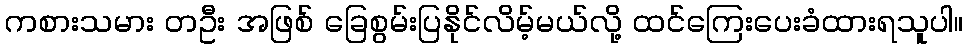
ကစားသမား တဦး အဖြစ် ခြေစွမ်းပြနိုင်လိမ့်မယ်လို့ ထင်ကြေးပေးခံထားရသူပါ။